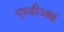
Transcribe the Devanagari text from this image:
पृथ्वीअक्ष